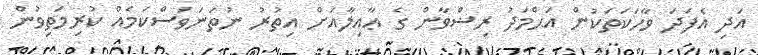
އަދި އެފަދަ ވާހަކަތަކުން އަޙްމަދު ރިޟްވާން ގެ ޢާއިލާއަށް އިތުރު ނުތަނަވަސްކަމެއް ކުރިމަތިވުން